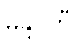
မန္ဒဝတီ